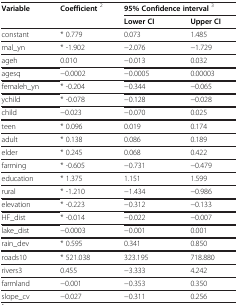
| <ROWSPAN=2> Variable | <ROWSPAN=2> Coefficient 2 | <COLSPAN=2> 95% Confidence interval 3 |
 | Lower CI | Upper CI |
 | --- | --- | --- | --- |
 | constant | * 0.779 | 0.073 | 1.485 |
 | mal_yn | * -1.902 | −2.076 | −1.729 |
 | ageh | 0.010 | −0.013 | 0.032 |
 | agesq | −0.0002 | −0.0005 | 0.00003 |
 | femaleh_yn | * -0.204 | −0.344 | −0.065 |
 | ychild | * -0.078 | −0.128 | −0.028 |
 | child | −0.023 | −0.070 | 0.025 |
 | teen | * 0.096 | 0.019 | 0.174 |
 | adult | * 0.138 | 0.086 | 0.189 |
 | elder | * 0.245 | 0.068 | 0.422 |
 | farming | * -0.605 | −0.731 | −0.479 |
 | education | * 1.375 | 1.151 | 1.599 |
 | rural | * -1.210 | −1.434 | −0.986 |
 | elevation | * -0.223 | −0.312 | −0.133 |
 | HF_dist | * -0.014 | −0.022 | −0.007 |
 | lake_dist | −0.0003 | −0.001 | 0.001 |
 | rain_dev | * 0.595 | 0.341 | 0.850 |
 | roads10 | * 521.038 | 323.195 | 718.880 |
 | rivers3 | 0.455 | −3.333 | 4.242 |
 | farmland | −0.001 | −0.353 | 0.350 |
 | slope_cv | −0.027 | −0.311 | 0.256 |